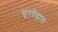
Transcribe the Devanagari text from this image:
सूरतेहाल